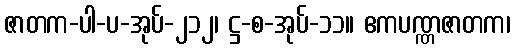
ဇာတက-ပါ-ပ-အုပ်-၂၁၂၊ ဋ္ဌ-စ-အုပ်-၁၁။ ဧကပဏ္ဏဇာတက၊